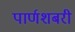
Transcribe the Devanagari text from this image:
पार्णशबरी